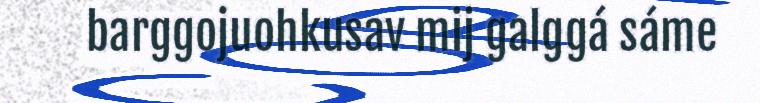
barggojuohkusav mij galggá sáme